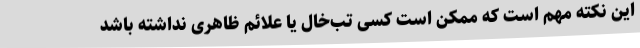
این نکته مهم است که ممکن است کسی تب‌خال یا علائم ظاهری نداشته باشد